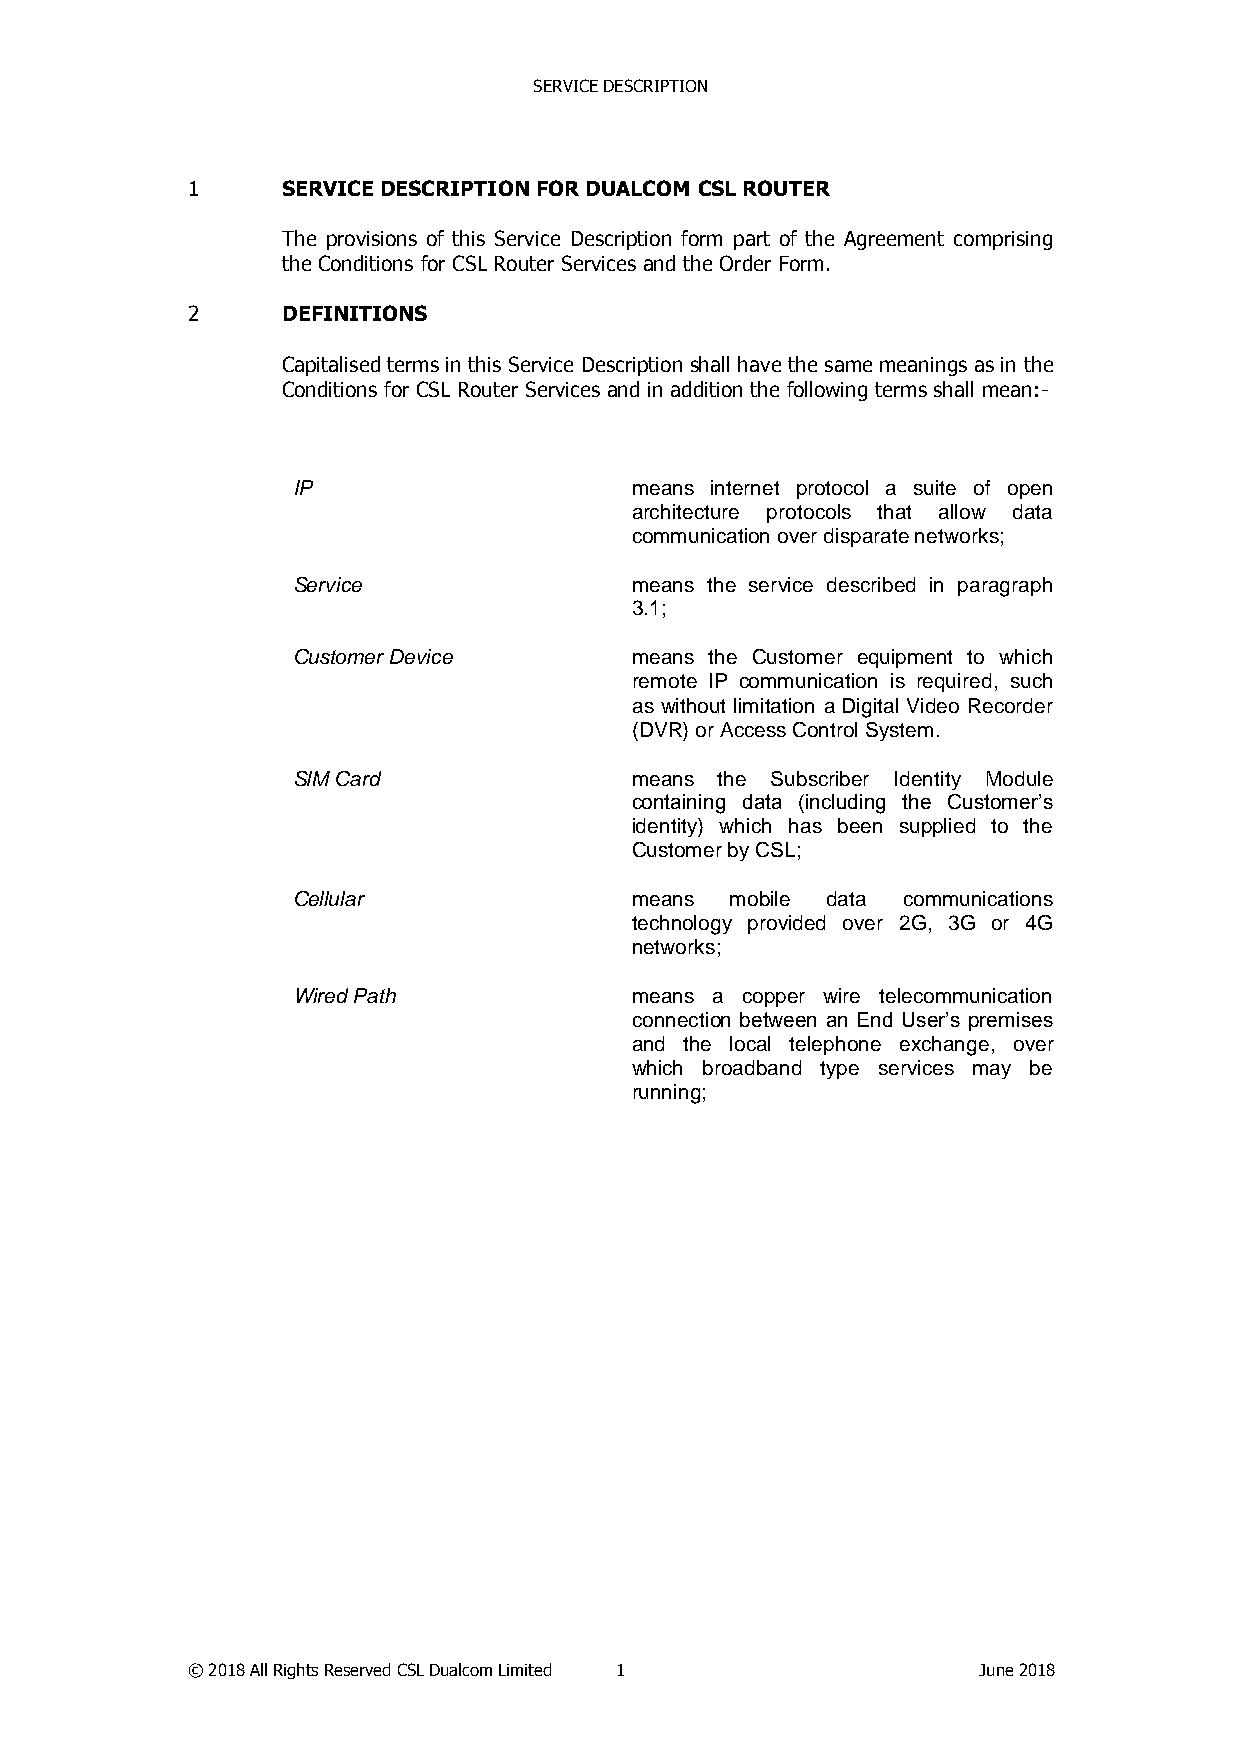
SERVICE DESCRIPTION
 1      SERVICE DESCRIPTION FOR DUALCOM CSL ROUTER
 The provisions of this Service Description form part of the Agreement comprising
 the Conditions for CSL Router Services and the Order Form.
 2      DEFINITIONS
 Capitalised terms in this Service Description shall have the same meanings as in the
 Conditions for CSL Router Services and in addition the following terms shall mean:-
 IP                     means internet protocol a suite of open
 architecture protocols that allow data
 communication over disparate networks;
 Service                means the service described in paragraph
 3.1;
 Customer Device        means the Customer equipment to which
 remote IP communication is required, such
 as without limitation a Digital Video Recorder
 (DVR) or Access Control System.
 SIM Card               means the Subscriber Identity Module
 containing data (including the Customer’s
 identity) which has been supplied to the
 Customer by CSL;
 Cellular               means mobile data communications
 technology provided over 2G, 3G or 4G
 networks;
 Wired Path             means a copper wire telecommunication
 connection between an End User’s premises
 and the local telephone exchange, over
 which broadband type services may be
 running;
 © 2018 All Rights Reserved CSL Dualcom Limited 1     June 2018